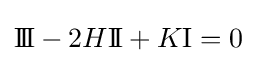
\mathrm {I\!I\!I} -2H\mathrm {I\!I} +K\mathrm {I} =0